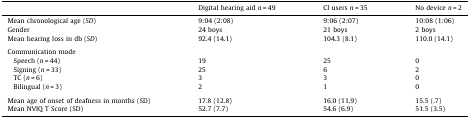
|  | Digital hearing aid n = 49 | CI users n = 35 | No device n = 2 |
 | --- | --- | --- | --- |
 | Mean chronological age (SD) | 9:04 (2:08) | 9:06 (2:07) | 10:08 (1:06) |
 | Gender | 24 boys | 21 boys | 2 boys |
 | Mean hearing loss in db (SD) | 92.4 (14.1) | 104.3 (8.1) | 110.0 (14.1) |
 | <COLSPAN=4>  |
 | Communication mode |  |  |  |
 | Speech (n = 44) | 19 | 25 | 0 |
 | Signing (n = 33) | 25 | 6 | 2 |
 | TC (n = 6) | 3 | 3 | 0 |
 | Bilingual (n = 3) | 2 | 1 | 0 |
 | <COLSPAN=4>  |
 | Mean age of onset of deafness in months (SD) | 17.8 (12.8) | 16.0 (11.9) | 15.5 (.7) |
 | Mean NVIQ T Score (SD) | 52.7 (7.7) | 54.6 (6.9) | 51.5 (3.5) |